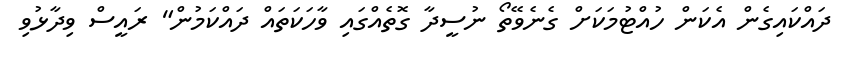
ދައްކައިގެން އެކަން ހުއްޓުމަކަށް ގެނެވޭތޯ ނުސީދާ ގޮތެއްގައި ވާހަކަތައް ދައްކަމުން" ރައީސް ވިދާޅުވި